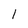
Character: 1